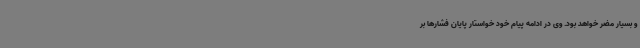
و بسیار مضر خواهد بود. وی در ادامه پیام خود خواستار پایان فشارها بر